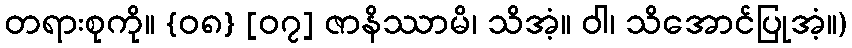
တရားစုကို။ {၀၈} [၀၇] ဇာနိဿာမိ၊ သိအံ့။ ဝါ၊ သိအောင်ပြုအံ့။)